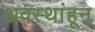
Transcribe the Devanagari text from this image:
अवस्थांहून